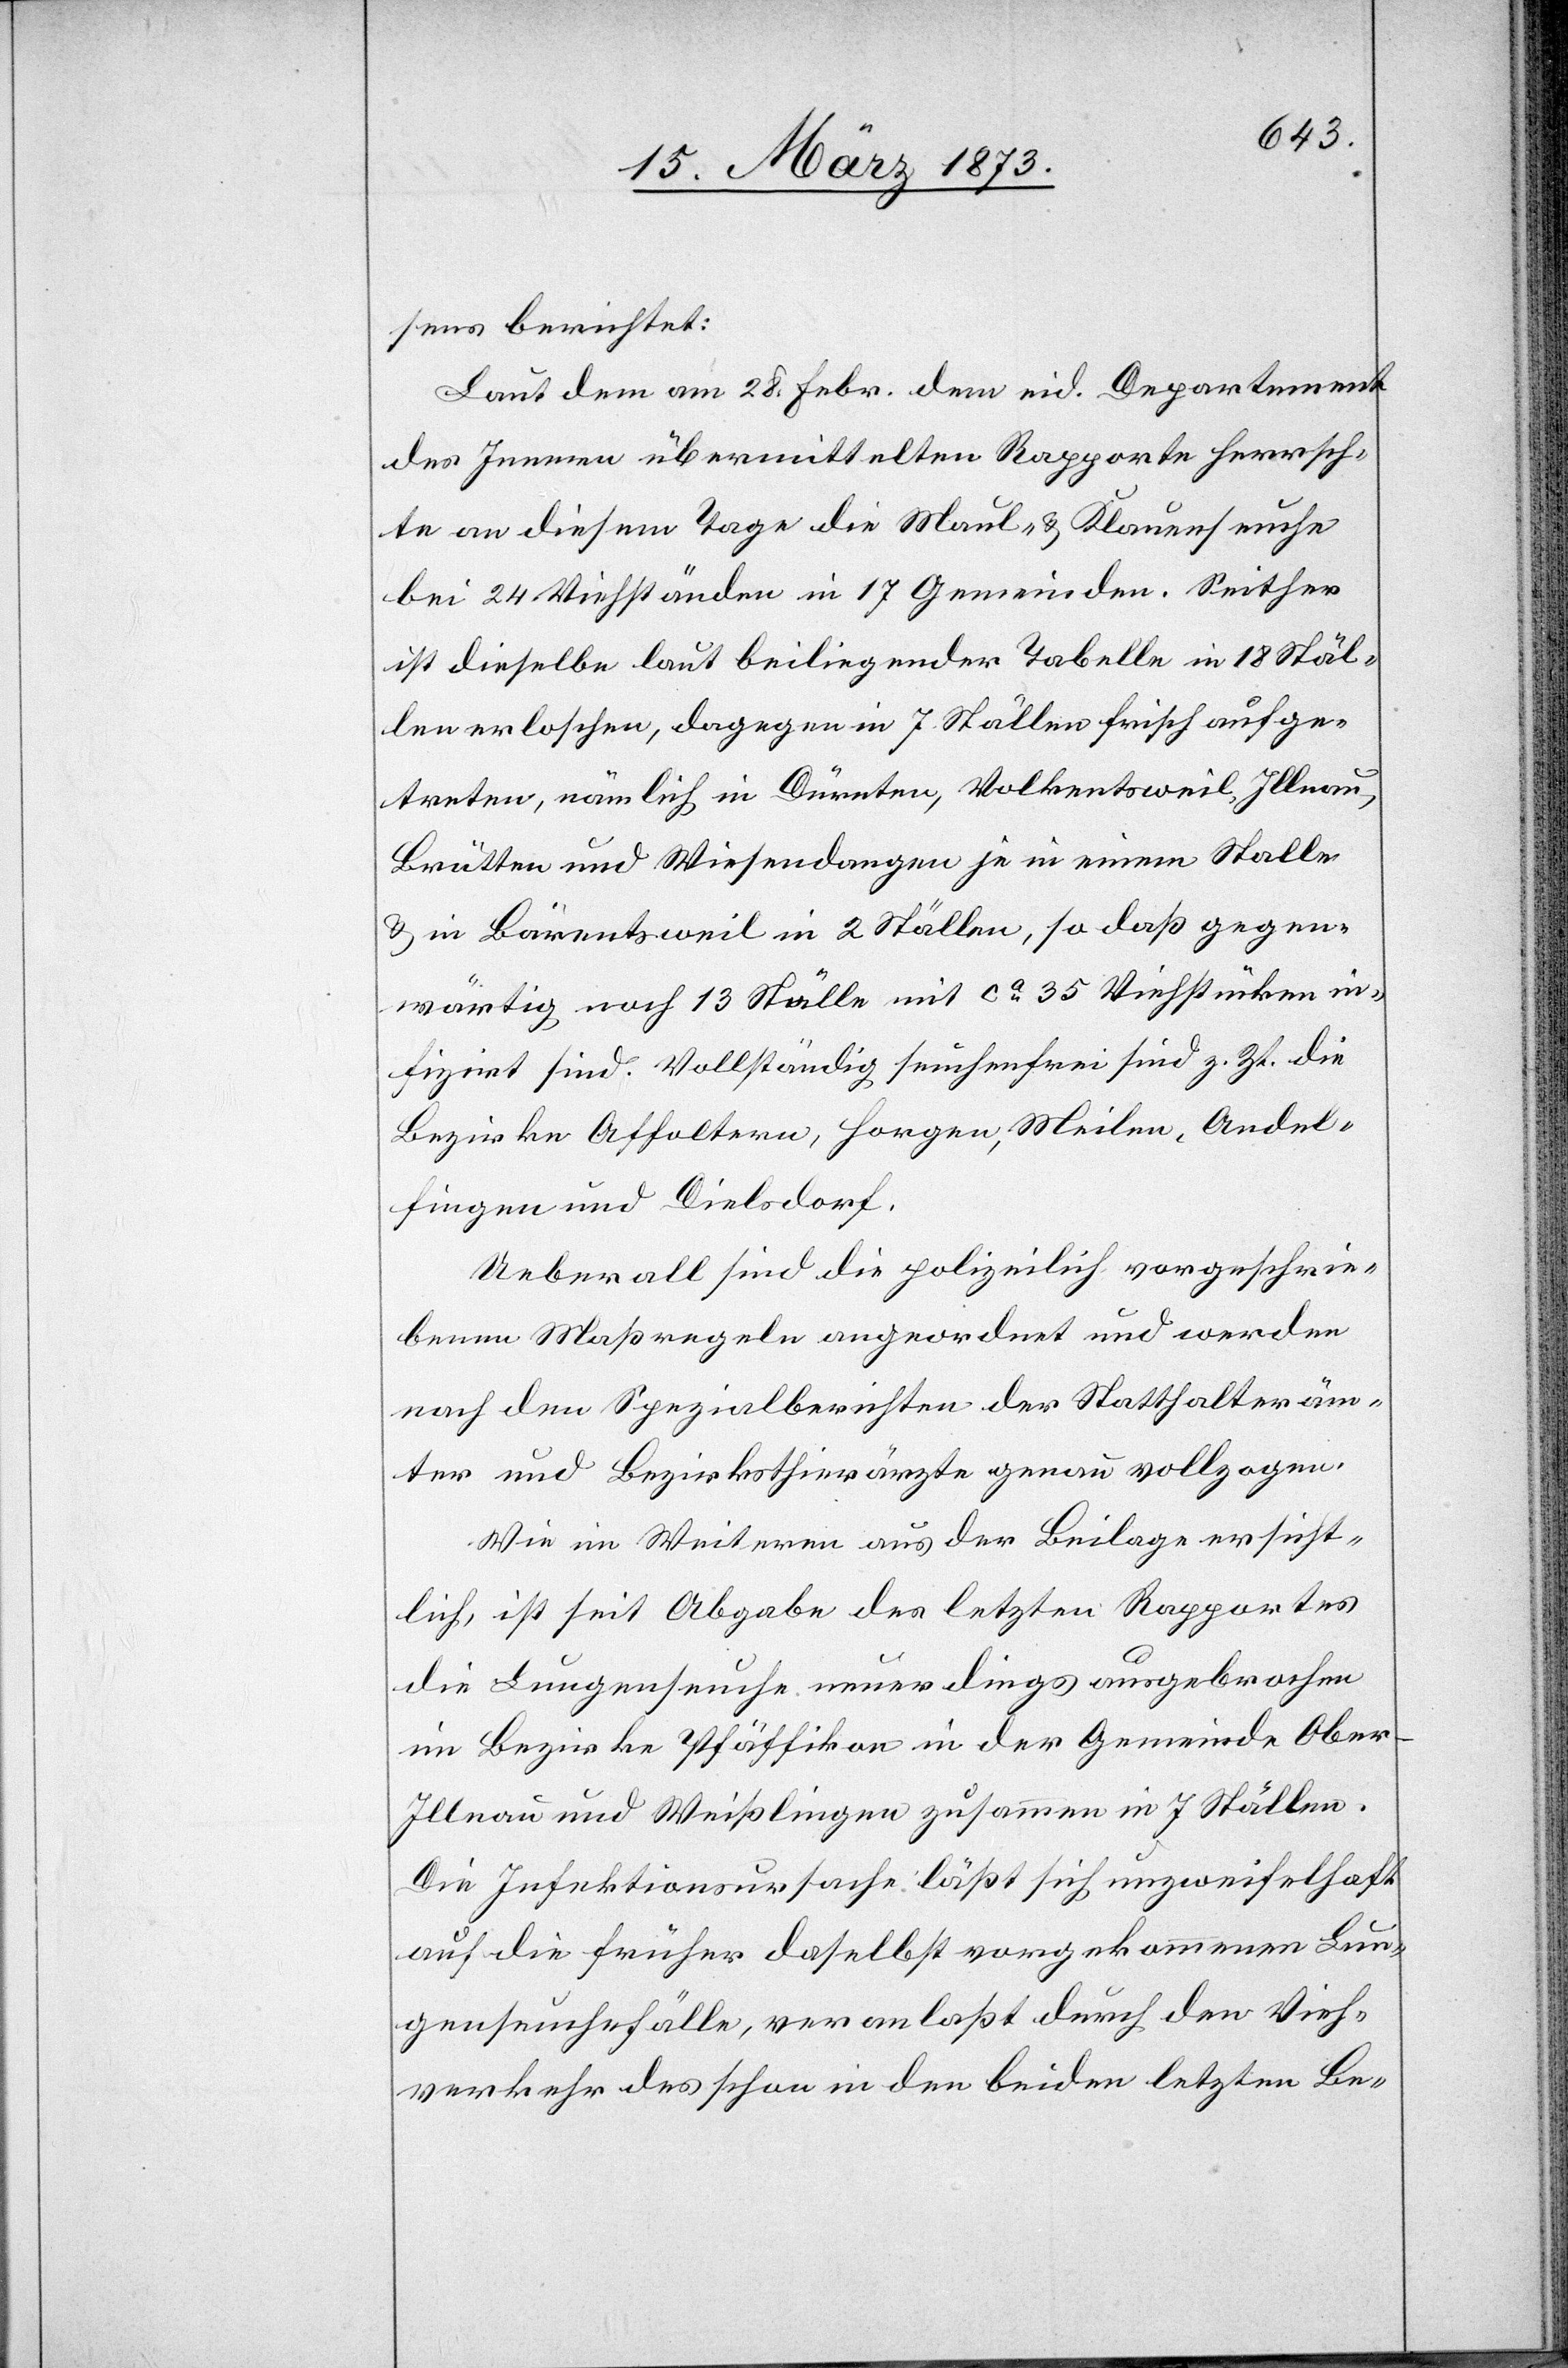
sens berichtet:
Laut dem am 28. Febr. dem eid. Departement
des Innern übermittelten Rapporte herrsch¬
te an diesem Tage die Maul- u. Klauenseuche
bei 24 Viehständen in 17 Gemeinden. Seither
ist dieselbe laut beiliegender Tabelle in 18 Stäl¬
len erloschen, dagegen in 7 Ställen frisch aufge¬
treten, nämlich in Dürnten, Volkentsweil, Illnau,
Brütten und Wiesendangen je in einem Stalle
u. in Bärentsweil in 2 Ställen, so daß gegen¬
wärtig noch 13 Ställe mit ca 35 Viehstücken in¬
fizirt sind. Vollständig seuchenfrei sind z. Zt. die
Bezirke Affoltern, Horgen, Meilen, Andel¬
fingen und Dielsdorf.
Ueberall sind die polizeilich vorgeschrie¬
benen Maßregeln angeordnet und werden
nach den Spezialberichten der Statthalteräm¬
ter und Bezirksthierärzte genau vollzogen.
Wie im Weiteren aus der Beilage ersicht¬
lich, ist seit Abgabe des letzten Rapportes
die Lungenseuche neuerdings ausgebrochen
im Bezirke Pfäffikon in der Gemeinde Ober-I¬
llnau und Weißlingen zusammen in 7 Ställen.
Die Infektionsursache läßt sich unzweifelhaft
auf die früher daselbst vorgekommenen Lun¬
genseuchefälle, veranlaßt durch den Vieh¬
verkehr des schon in den beiden letzten Be-